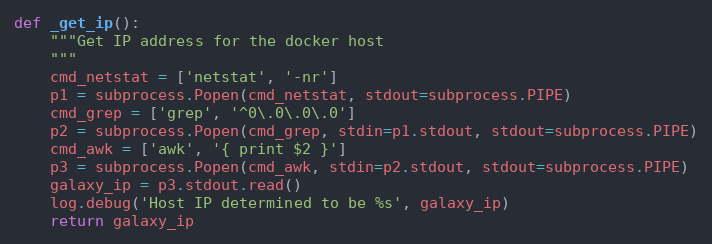
Language: Python
def _get_ip():
    """Get IP address for the docker host
    """
    cmd_netstat = ['netstat', '-nr']
    p1 = subprocess.Popen(cmd_netstat, stdout=subprocess.PIPE)
    cmd_grep = ['grep', '^0\.0\.0\.0']
    p2 = subprocess.Popen(cmd_grep, stdin=p1.stdout, stdout=subprocess.PIPE)
    cmd_awk = ['awk', '{ print $2 }']
    p3 = subprocess.Popen(cmd_awk, stdin=p2.stdout, stdout=subprocess.PIPE)
    galaxy_ip = p3.stdout.read()
    log.debug('Host IP determined to be %s', galaxy_ip)
    return galaxy_ip